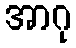
အာဂု